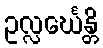
ဥလ္လင်္ဃေန္တိ